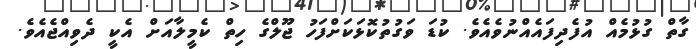
ގާތް ގުޅުމެއް އުފެދިފައެއްނުވެއެވެ. ކުޑަ ވަގުތުކޮޅަކަށްފަހު ޖޫލްގެ ހިތް ކެމީލާއަށް އެކީ ދެވިއްޖެއެވެ.